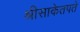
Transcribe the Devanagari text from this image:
श्रीसाकेतपते